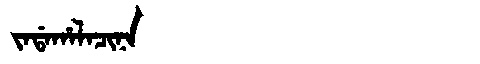
Manchu: ᠵᠠᡩᠠᡥᠠᠯᠠᠴᡳᠨᠠ
Romanization: JADAHALACINA